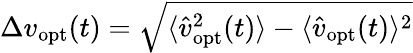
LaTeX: \Delta v_{\mathrm{opt}}(t)=\sqrt{\langle\hat{v}_{\mathrm{opt}}^{2}(t)\rangle-\langle\hat{v}_{\mathrm{opt}}(t)\rangle^{2}}